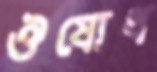
ঔষোধ